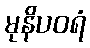
မုနိပဝရံ